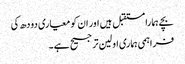
بچے ہمارا مستقبل ہیں اور ان کو معیاری دودھ کی
فراہمی ہماری اولین ترجیح ہے ۔